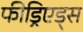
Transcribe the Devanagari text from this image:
फीड्रिएड्स